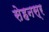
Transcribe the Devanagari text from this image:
सेहनस्र